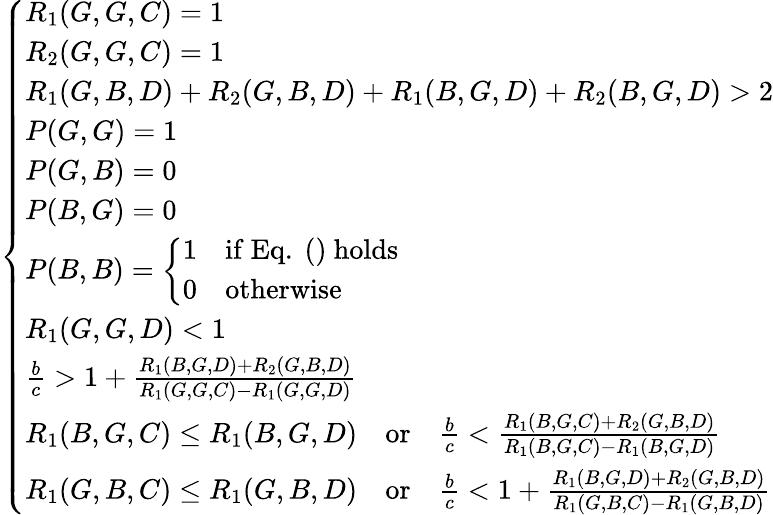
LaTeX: \begin{array}{r}{\left\{ \begin{array}{ll}{R_{1}(G,G,C)=1}\\ {R_{2}(G,G,C)=1}\\ {R_{1}(G,B,D)+R_{2}(G,B,D)+R_{1}(B,G,D)+R_{2}(B,G,D)>2}\\ {P(G,G)=1}\\ {P(G,B)=0}\\ {P(B,G)=0}\\ {P(B,B)=\left\{ \begin{array}{ll}{1}&{\mathrm{if~Eq.~()~holds}}\\ {0}&{\mathrm{otherwise}}\end{array}\right.}\\ {R_{1}(G,G,D)<1}\\ {\frac{b}{c}>1+\frac{R_{1}(B,G,D)+R_{2}(G,B,D)}{R_{1}(G,G,C)-R_{1}(G,G,D)}}\\ {R_{1}(B,G,C)\leq R_{1}(B,G,D){\quad\mathrm{or}\quad}\frac{b}{c}<\frac{R_{1}(B,G,C)+R_{2}(G,B,D)}{R_{1}(B,G,C)-R_{1}(B,G,D)}}\\ {R_{1}(G,B,C)\leq R_{1}(G,B,D){\quad\mathrm{or}\quad}\frac{b}{c}<1+\frac{R_{1}(B,G,D)+R_{2}(G,B,D)}{R_{1}(G,B,C)-R_{1}(G,B,D)}}\end{array}\right.}\end{array}